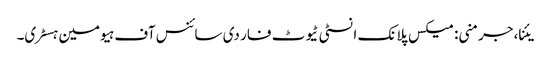
یئنا، جرمنی: میکس پلانک انسٹی ٹیوٹ فار دی سائنس آف ہیومین ہسٹری۔